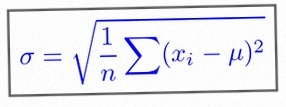
\sigma=\sqrt{\frac1n\sum(x_i-\mu)^2}